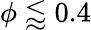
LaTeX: \phi\lessapprox 0.4